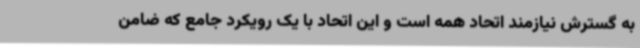
به گسترش نیازمند اتحاد همه است و این اتحاد با یک رویکرد جامع که ضامن